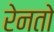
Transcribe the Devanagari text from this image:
रेनतो